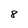
Character: 8